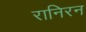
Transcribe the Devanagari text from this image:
रानिरन